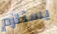
يستلزم